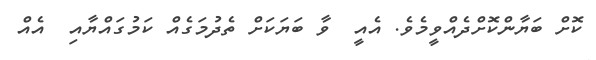
ކޮށް ބަޔާންކޮށްދެއްވީމެވެ. އެއީ  ވާ ބަޔަކަށް ތެދުމަގެއް ކަމުގައްޔާއި  އެއް